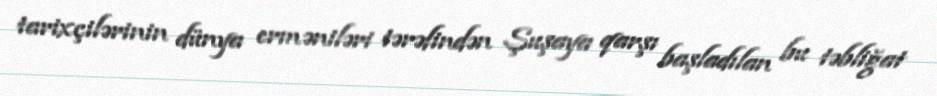
tarixçilərinin dünya erməniləri tərəfindən Şuşaya qarşı başladılan bu təbliğat